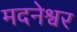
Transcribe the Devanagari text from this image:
मदनेश्वर